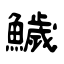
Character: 鱥